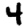
Digit: 4